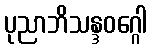
ပုညာဘိသန္ဒဝဂ္ဂေါ